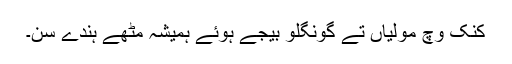
کنک وچ مُولیاں تے گونگلو بیجے ہوئے ہمیشہ مِٹھے ہُندے سن۔